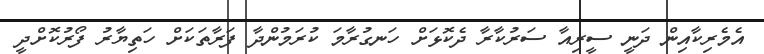
އެމެރިކާއިން ދަނީ ސީރިއާ ސަރުކާރާ ދެކޮޅަށް ހަނގުރާމަ ކުރަމުންދާ ފަރާތަކަށް ހަތިޔާރު ފޯރުކޮށްދީ